Problem: 8 × 12 = ?
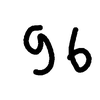
Handwritten answer: 96